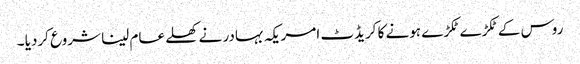
روس کے ٹکڑے ٹکڑے ہونے کا کریڈٹ امریکہ بہادر نے کھلے عام لینا شروع کردیا ۔